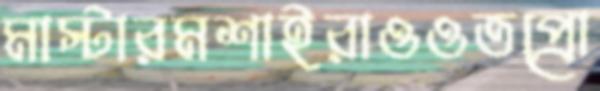
মাস্টারমশাইরাওওতপ্রো